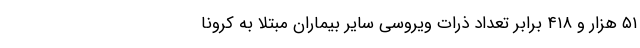
۵۱ هزار و ۴۱۸ برابر تعداد ذرات ویروسی سایر بیماران مبتلا به کرونا